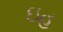
ઇહ